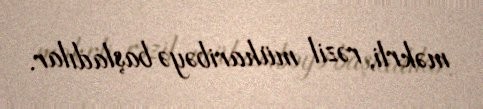
məkrli, rəzil müharibəyə başladılar.